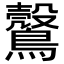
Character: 𪆪